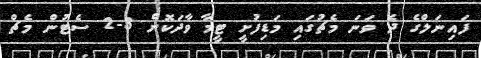
ފައިނަލްގެ ދެ ވަނަ މެޗުގައި މަޑިފުށީ ޓީމާ ވާދަކޮށް 3-2 ސެޓުން މެޗް